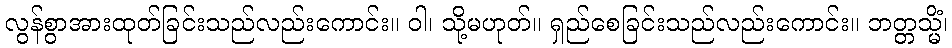
လွန်စွာအားထုတ်ခြင်းသည်လည်းကောင်း။ ဝါ၊ သို့မဟုတ်။ ရှည်စေခြင်းသည်လည်းကောင်း။ ဘတ္တသ္မိံ၊